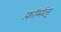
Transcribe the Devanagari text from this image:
फ़ॉर्मल्